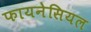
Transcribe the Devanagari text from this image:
फायनेसियल